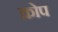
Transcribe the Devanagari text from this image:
क्रोप